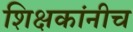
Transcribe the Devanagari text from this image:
शिक्षकांनीच